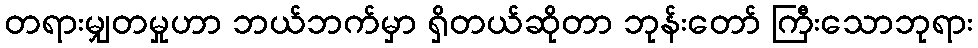
တရားမျှတမှုဟာ ဘယ်ဘက်မှာ ရှိတယ်ဆိုတာ ဘုန်းတော် ကြီးသောဘုရား